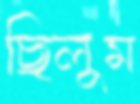
ছিলুম